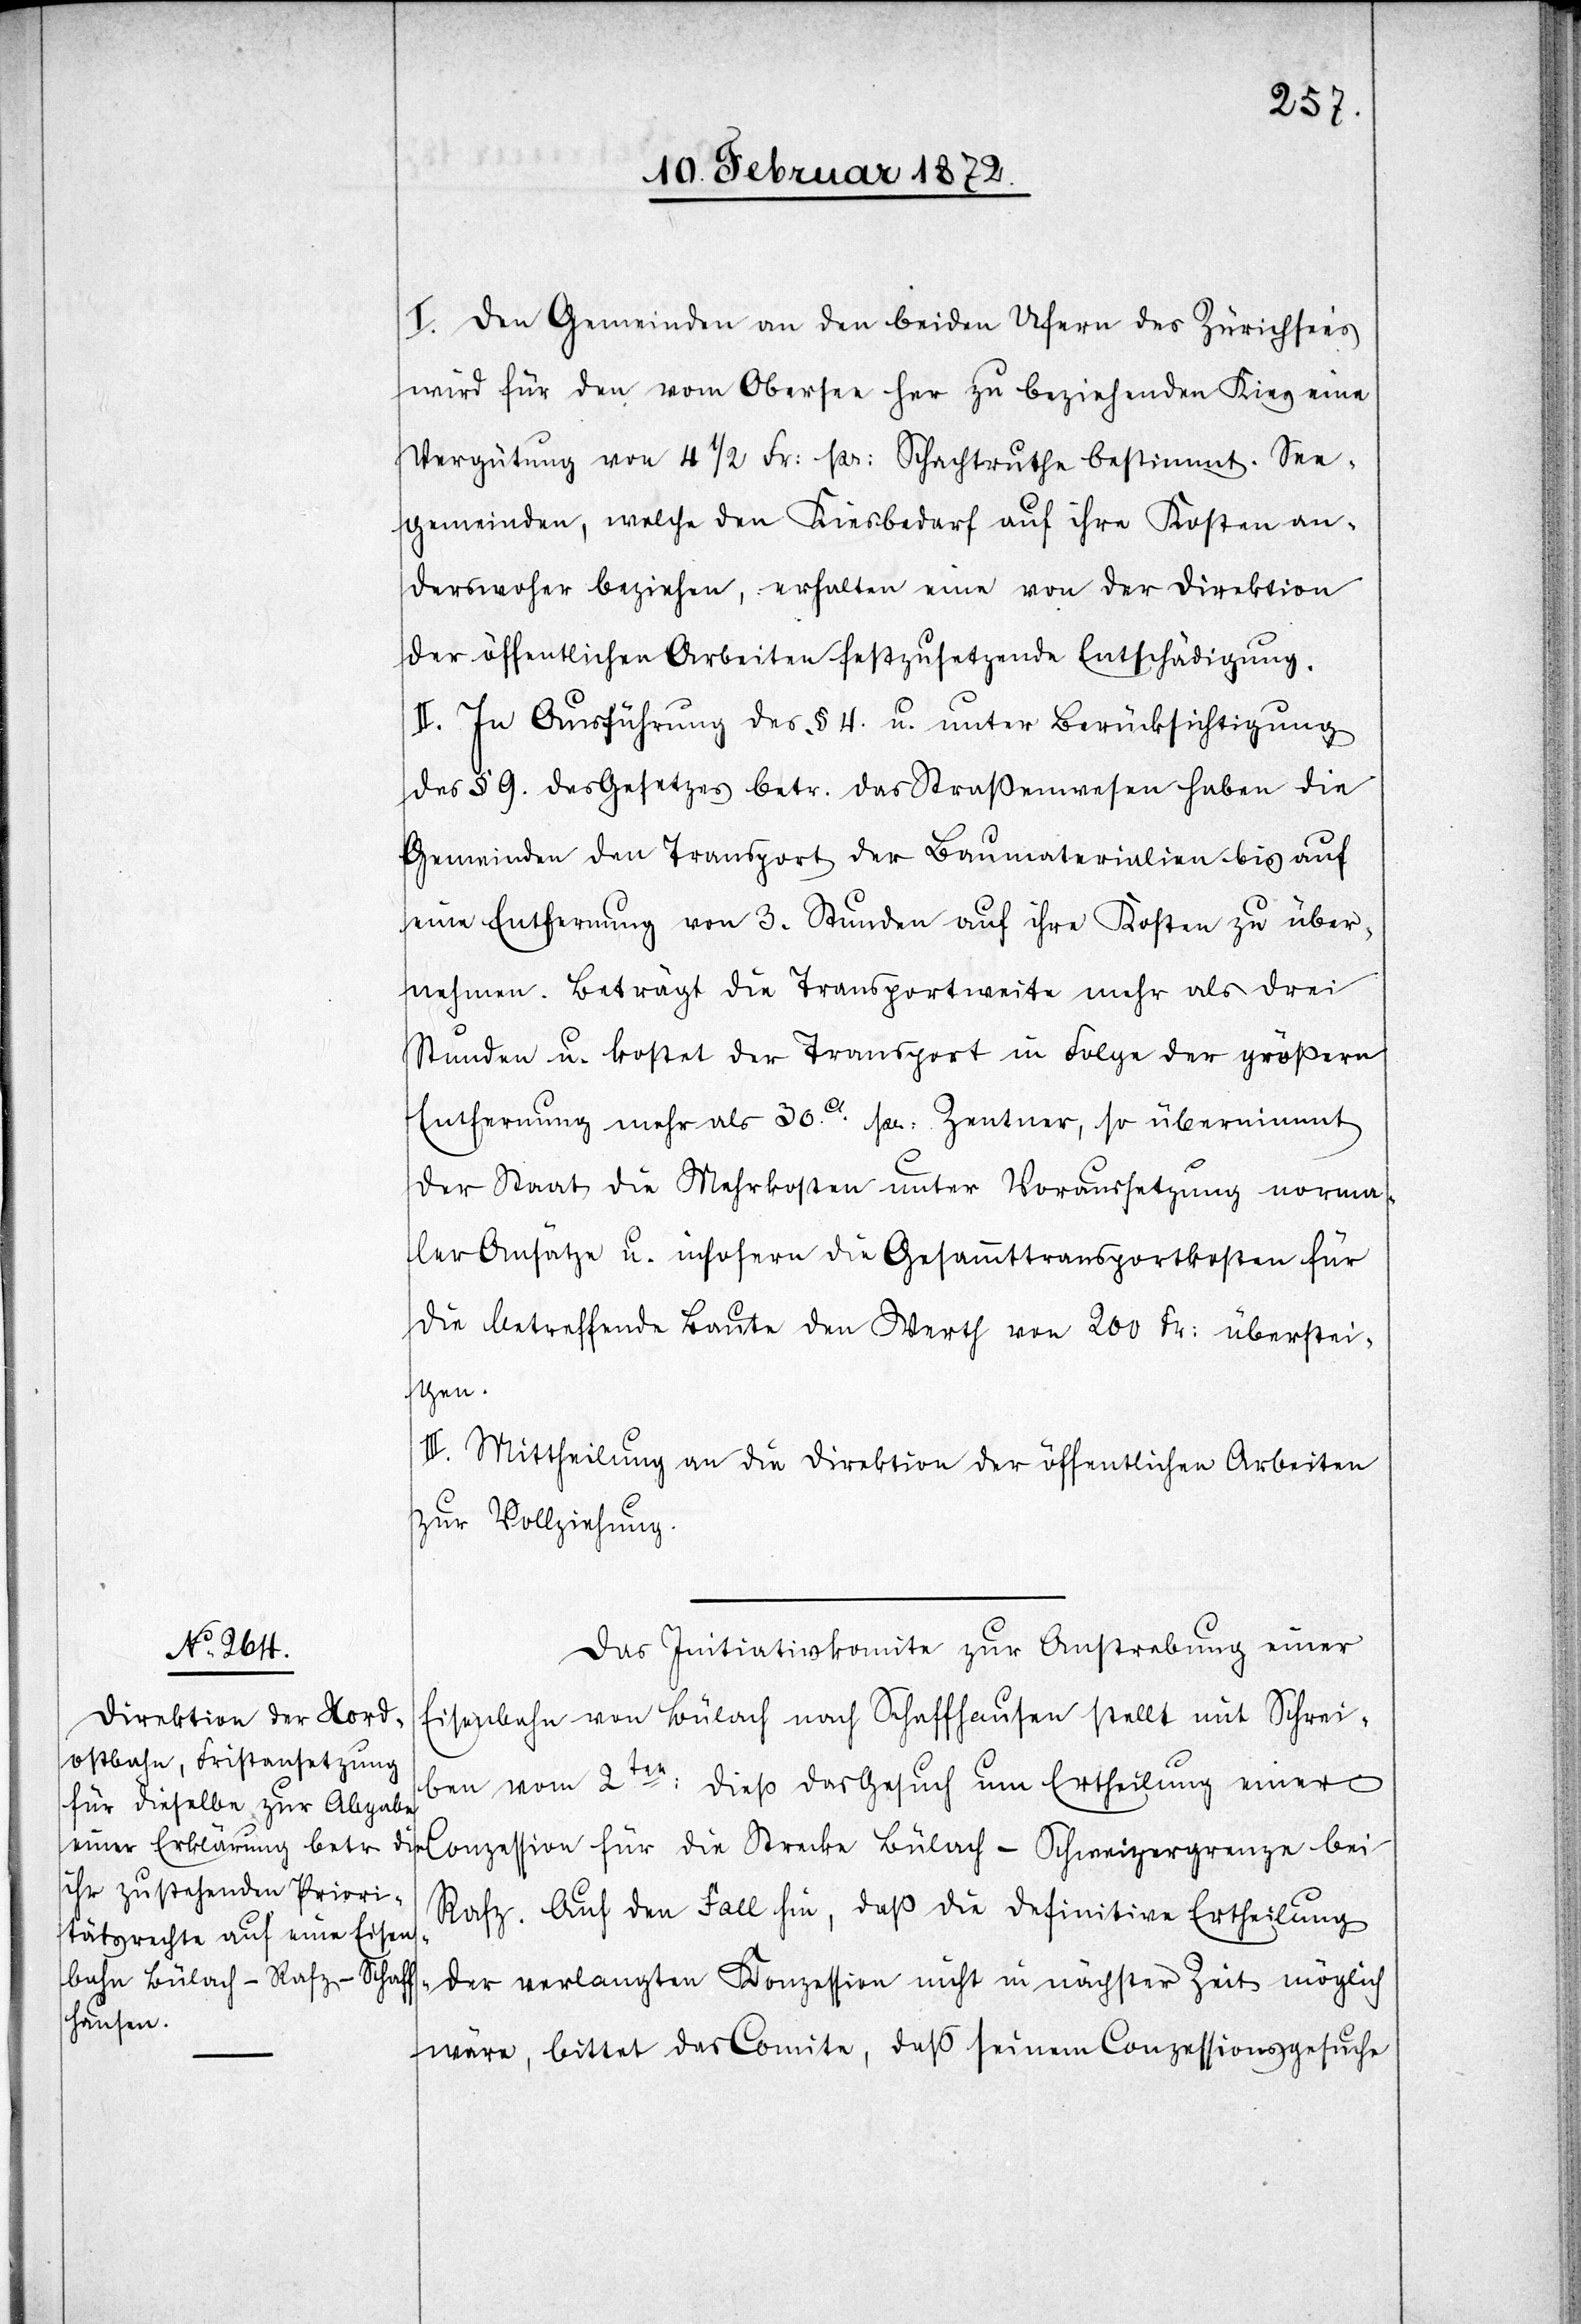
I. Den Gemeinden an den beiden Ufern des Zürichsees
wird für den vom Obersee her zu beziehenden Kies eine
Vergütung von 4 1/2 Fr, pr. Schachtruthe bestimmt. See¬
gemeinden, welche den Kiesbedarf auf ihre Kosten an¬
derswoher beziehen, erhalten eine von der Direktion
der öffentlichen Arbeiten festzusetzende Entschädigung.
II. In Ausführung des § 4. u. unter Berücksichtigung
des § 9. des Gesetzes betr. das Straßenwesen haben die
Gemeinden den Transport der Baumaterialien bis auf
eine Entfernung von 3. Stunden auf ihre Kosten zu über¬
nehmen. Beträgt die Transportweite mehr als drei
Stunden u. kostet der Transport in Folge der größern
Entfernung mehr als 30c pr. Zentner, so übernimmt
der Staat die Mehrkosten unter Voraussetzung norma¬
ler Ansätze u. insofern die Gesammtransportkosten für
die betreffende Baute den Werth von 200 Fr. überstei¬
gen.
III. Mittheilung an die Direktion der öffentlichen Arbeiten
zur Vollziehung.
Das Initiativkomite zur Anstrebung einer
Eisenbahn von Bülach nach Schaffhausen stellt mit Schrei¬
ben vom 2ten dieß das Gesuch um Ertheilung einer
Conzession für die Strecke Bülach–Schweizergrenze bei
Rafz. Auf den Fall hin, daß die definitive Ertheilung
der verlangten Konzession nicht in nächster Zeit möglich
wäre, bittet das Comite, daß seinem Conzessionsgesuche